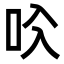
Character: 𠯱